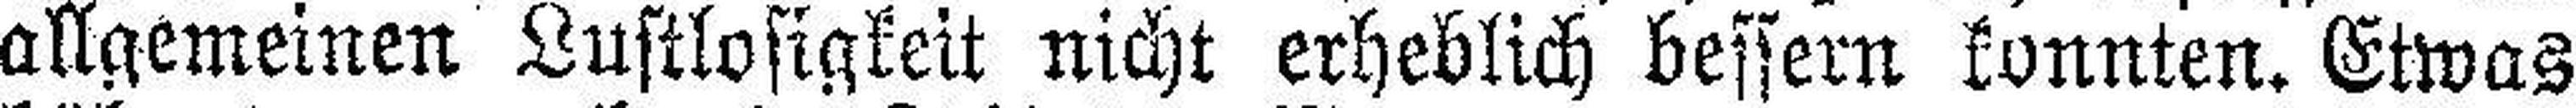
allgemeinen Lustlosigkeit nicht erheblich bessern konnten. Etwas